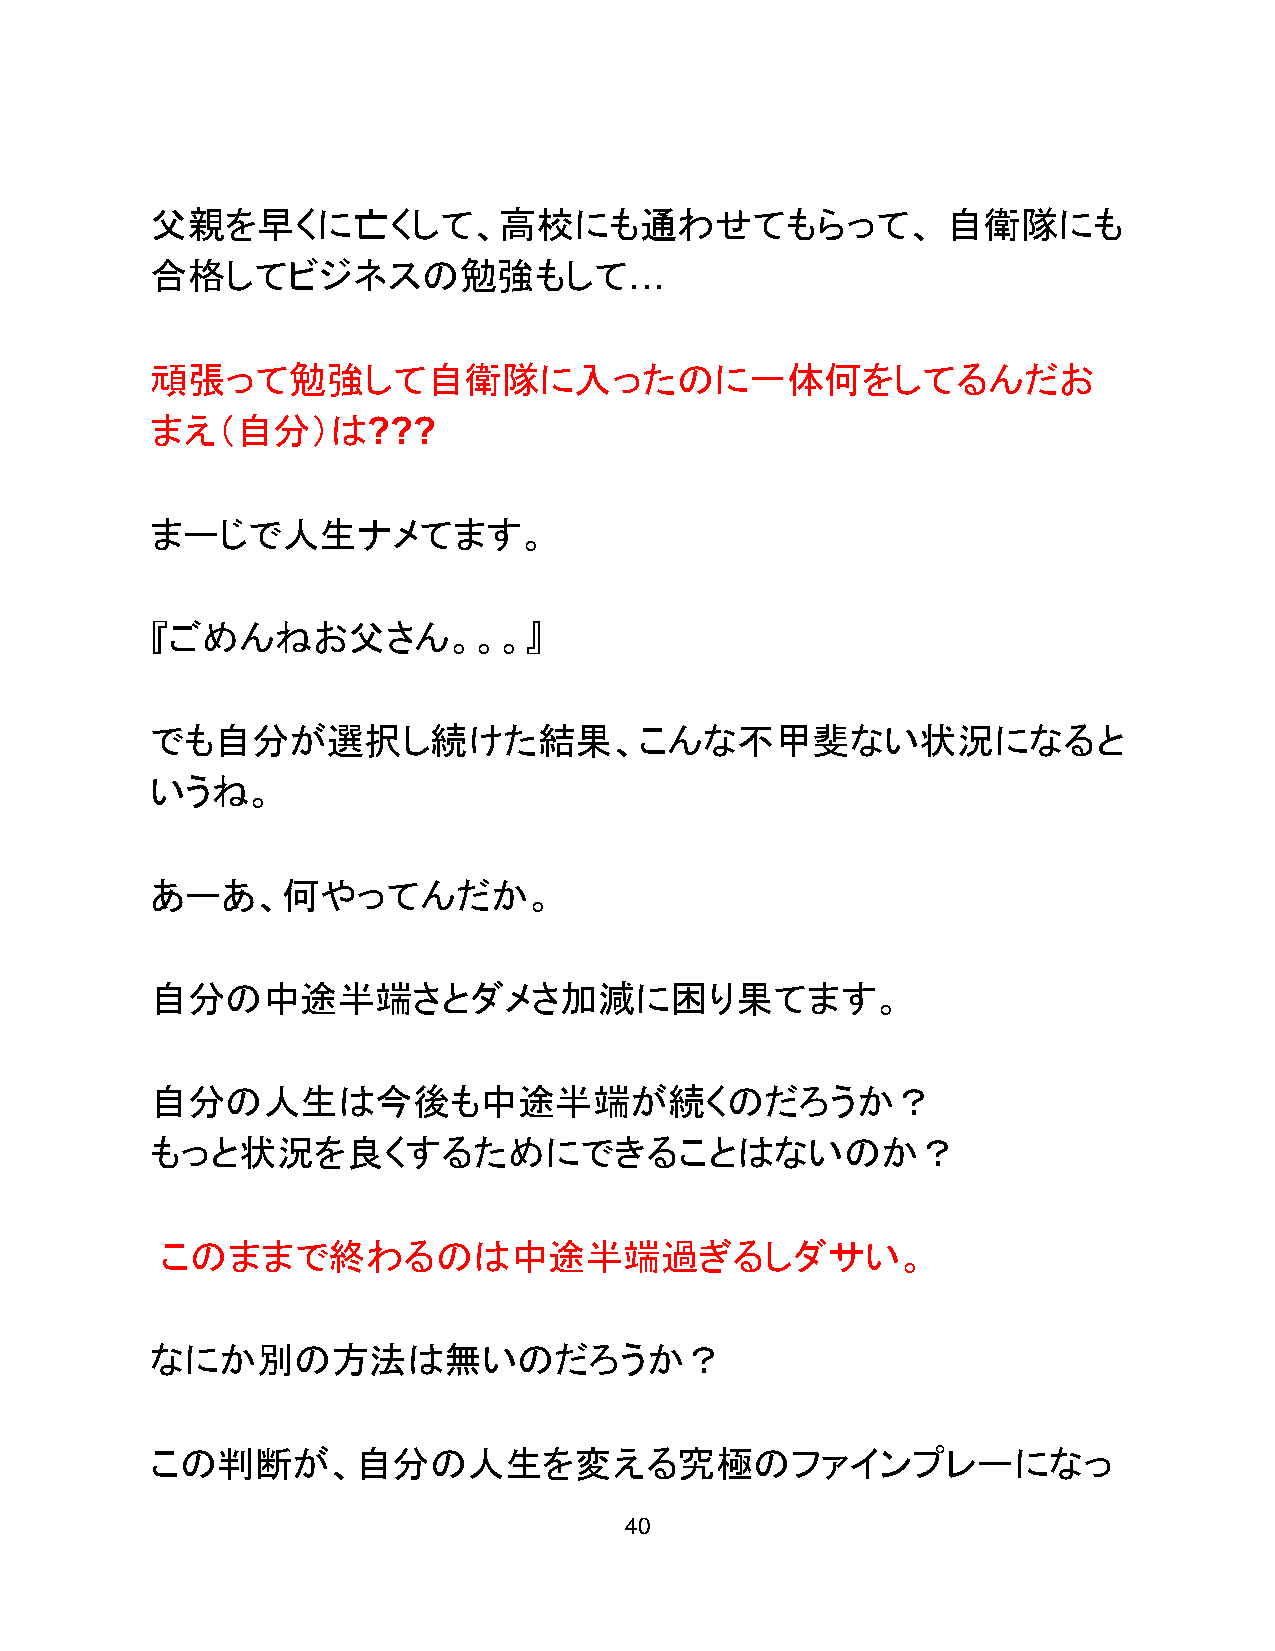
父親を早くに亡くして、高校にも通わせてもらって、                             自衛隊にも
 合格してビジネスの勉強もして…
 頑張って勉強して自衛隊に入ったのに一体何をしてるんだお
 まえ（自分）は???
 まーじで人生ナメてます。
 『ごめんねお父さん。。。』
 でも自分が選択し続けた結果、こんな不甲斐ない状況になると
 いうね。
 あーあ、何やってんだか。
 自分の中途半端さとダメさ加減に困り果てます。
 自分の人生は今後も中途半端が続くのだろうか？
 もっと状況を良くするためにできることはないのか？
 このままで終わるのは中途半端過ぎるしダサい。
 なにか別の方法は無いのだろうか？
 この判断が、自分の人生を変える究極のファインプレーになっ
 40